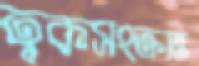
ত্বকসংক্রান্ত